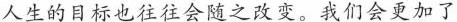
人生的目标也往往会随之改变。我们会更加了